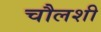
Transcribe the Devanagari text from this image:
चौलशी